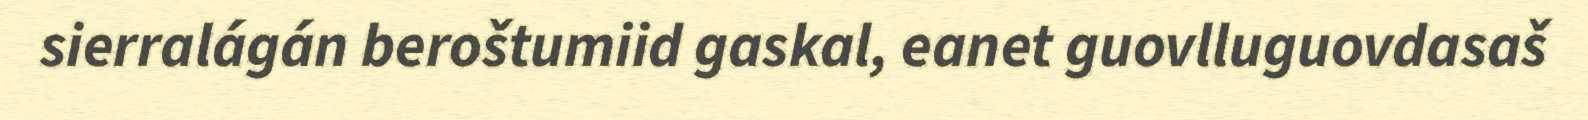
sierralágán beroštumiid gaskal, eanet guovlluguovdasaš